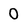
Character: 0